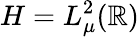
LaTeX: H=L_{\mu}^{2}(\mathbb{R})